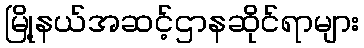
မြို့နယ်အဆင့်ဌာနဆိုင်ရာများ